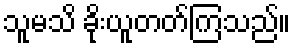
သူမသိ ခိုးယူတတ်ကြသည်။